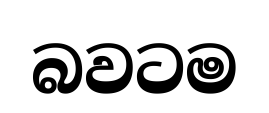
බවටම